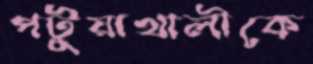
পটুয়াখালীকে